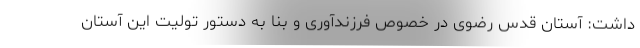
داشت: آستان قدس رضوی در خصوص فرزندآوری و بنا به دستور تولیت این آستان